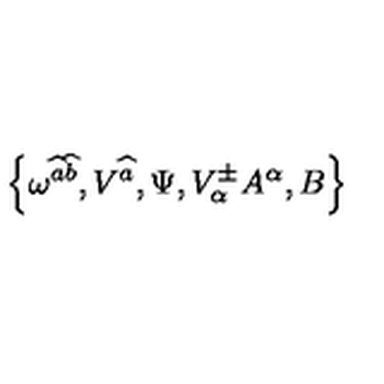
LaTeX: \left\{ \omega ^ { \widehat { a } \widehat { b } } , V ^ { \widehat { a } } , \Psi , V _ { \alpha } ^ { \pm } A ^ { \alpha } , B \right\}